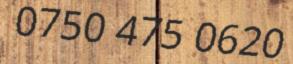
0750 475 0620